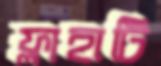
ফ্লাহার্টি